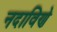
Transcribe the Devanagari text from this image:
नदाविणे